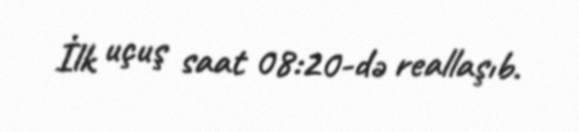
İlk uçuş saat 08:20-də reallaşıb.